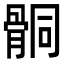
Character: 𩩅